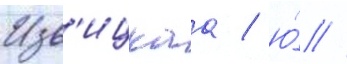
Изв'ицкаа / ю́ //